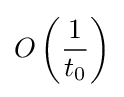
O\left({\frac {1}{t_{0}}}\right)